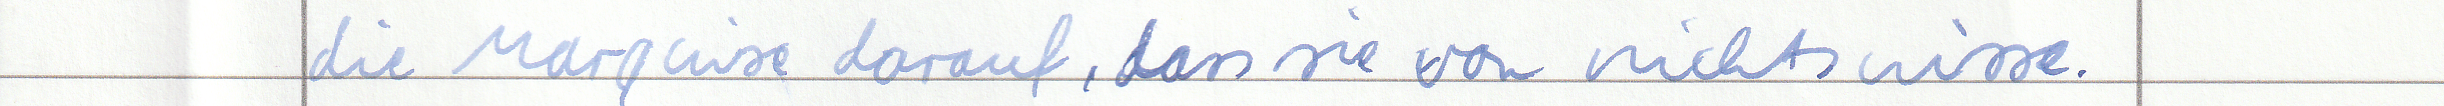
die Marquise darauf, dass sie von nichts wisse.